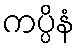
ကပ္ပိနံ